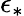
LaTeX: \epsilon_{*}